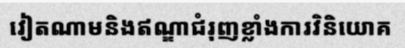
វៀតណាមនិងឥណ្ឌាជំរុញខ្លាំងការវិនិយោគ